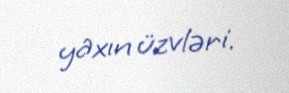
yaxın üzvləri.